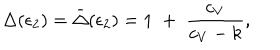
\Delta ( \epsilon _ { 2 } ) = \bar { \Delta } ( \epsilon _ { 2 } ) = 1 \; + \; { \frac { c _ { V } } { c _ { V } - k } } ,